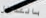
بالتدخل